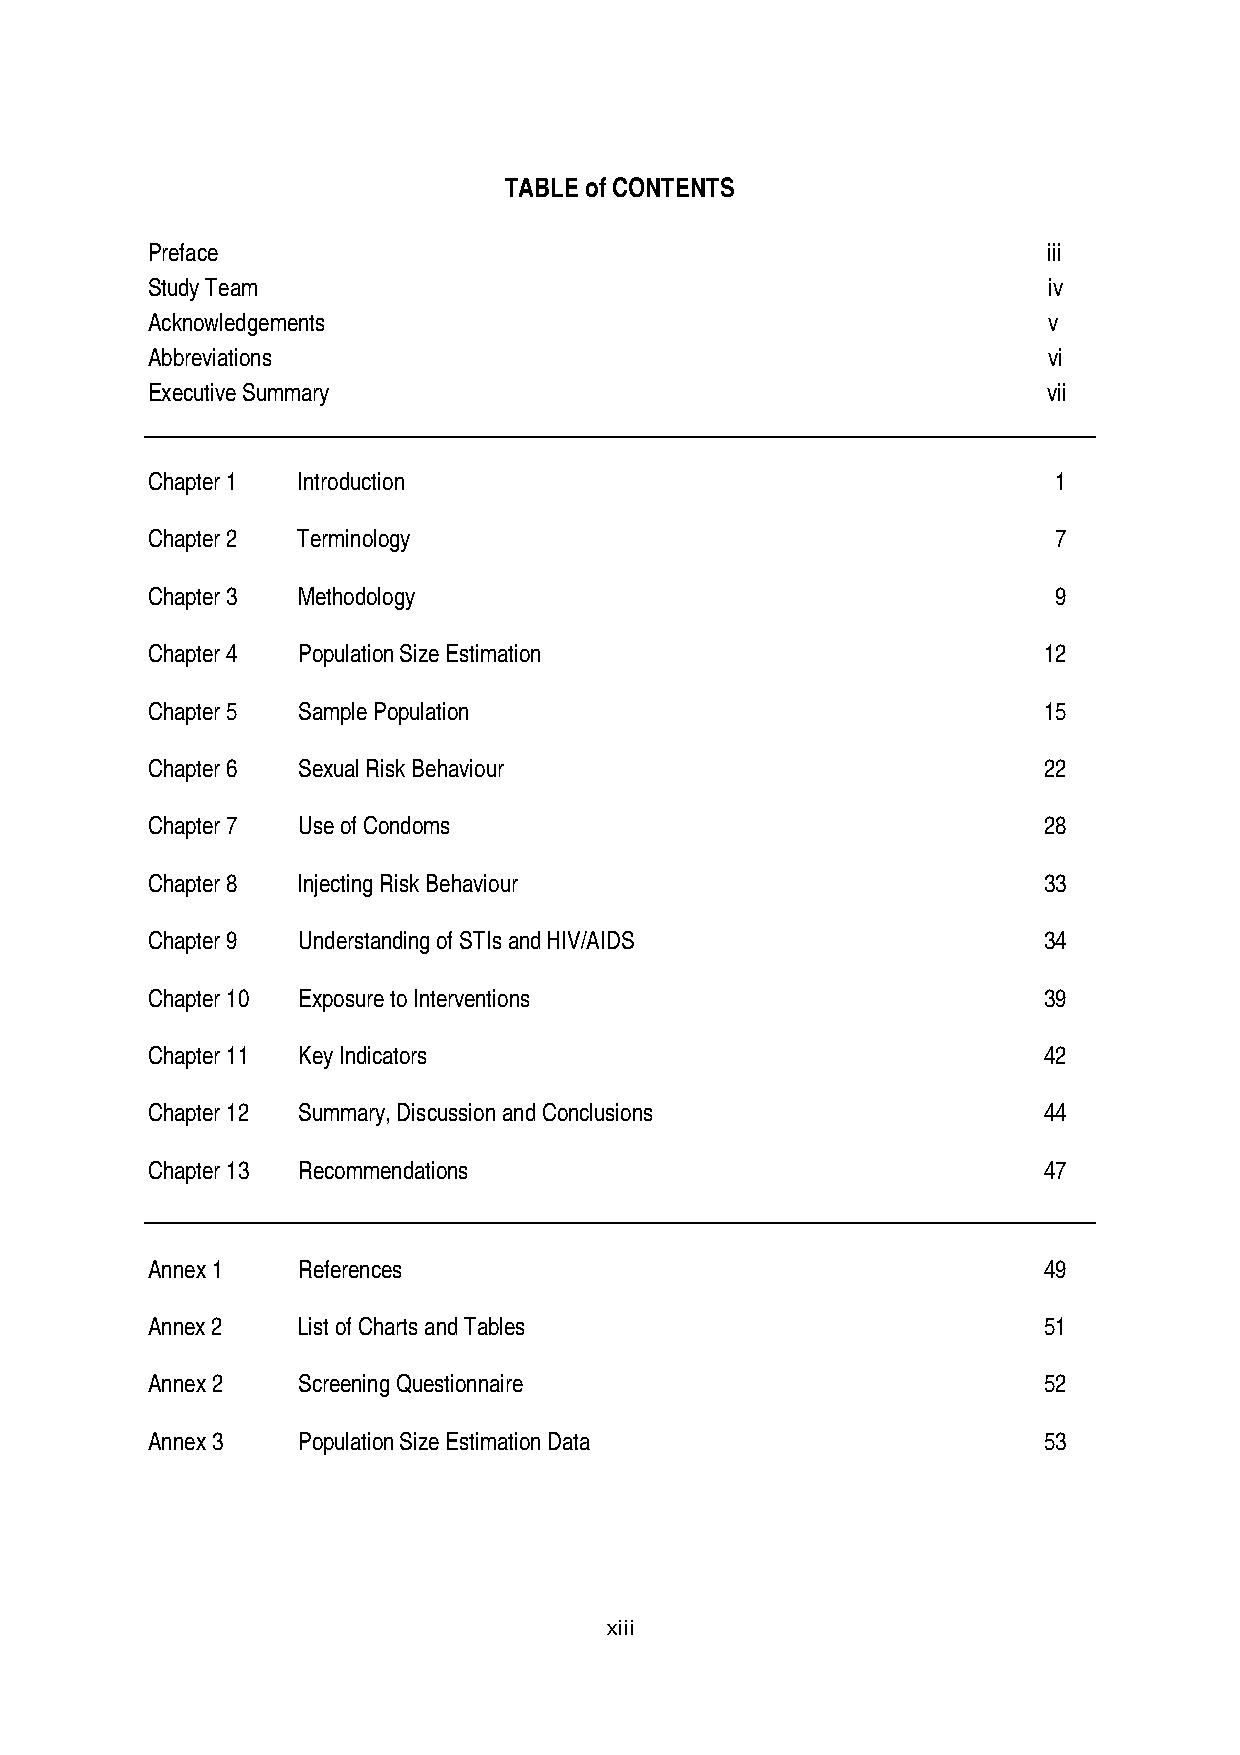
TABLE of CONTENTS
 Preface                                                    iii
 Study Team                                                 iv
 Acknowledgements                                           v
 Abbreviations                                              vi
 Executive Summary                                          vii
 Chapter 1 Introduction                                      1
 Chapter 2 Terminology                                       7
 Chapter 3 Methodology                                       9
 Chapter 4 Population Size Estimation                       12
 Chapter 5 Sample Population                                15
 Chapter 6 Sexual Risk Behaviour                            22
 Chapter 7 Use of Condoms                                   28
 Chapter 8 Injecting Risk Behaviour                         33
 Chapter 9 Understanding of STIs and HIV/AIDS               34
 Chapter 10 Exposure to Interventions                       39
 Chapter 11 Key Indicators                                  42
 Chapter 12 Summary, Discussion and Conclusions             44
 Chapter 13 Recommendations                                 47
 Annex 1   References                                       49
 Annex 2   List of Charts and Tables                        51
 Annex 2   Screening Questionnaire                          52
 Annex 3   Population Size Estimation Data                  53
 xiii